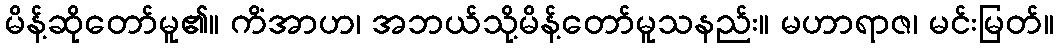
မိန့်ဆိုတော်မူ၏။ ကိံအာဟ၊ အဘယ်သို့မိန့်တော်မူသနည်း။ မဟာရာဇ၊ မင်းမြတ်။